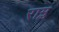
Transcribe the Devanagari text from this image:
राम्ल